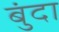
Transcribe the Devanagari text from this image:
बुंदा